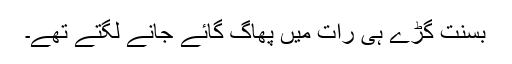
بسنت گڑے ہی رات میں پھاگ گائے جانے لگتے تھے۔